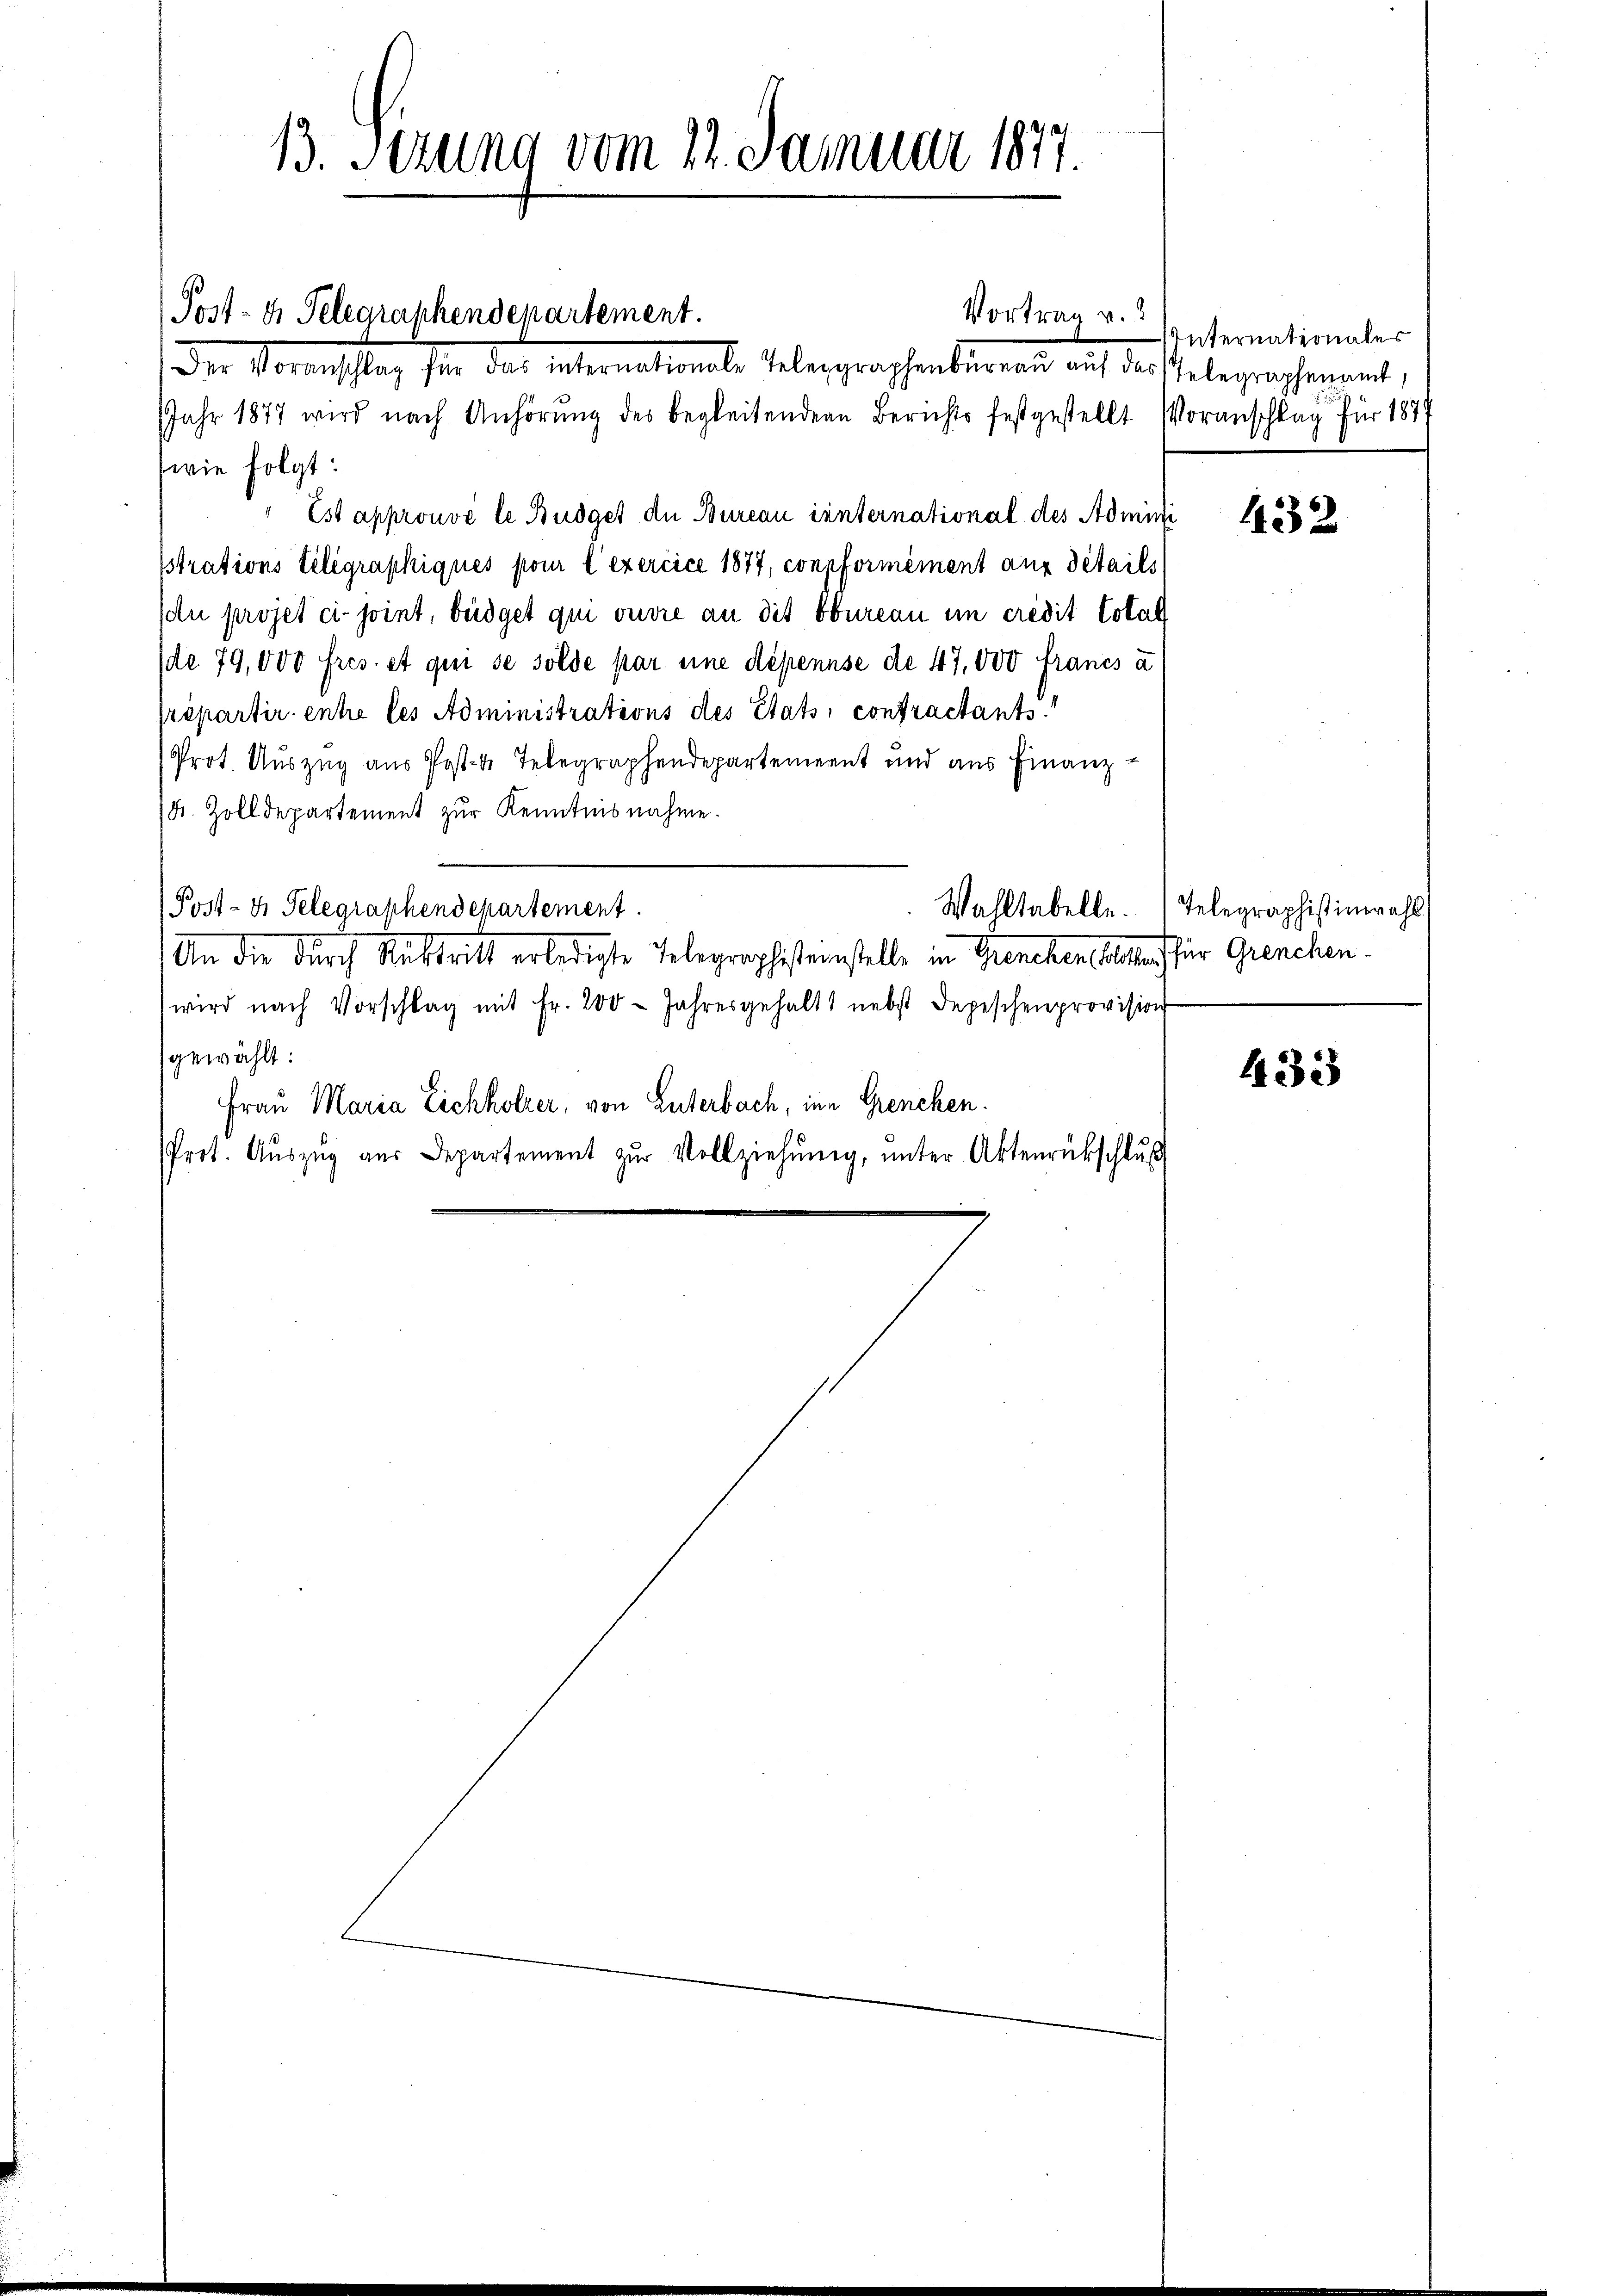
13. Sezung vom 22. Januar 1877.

Post- u. Telegraphendepartement.
Der Voranstag sie das internationale Gelegraphenbergen auf der

JJahr 1877 wird nach Anhörung des begleitendern Berichts festgestellt
(wie folgt:
Est approuve le Budget der Bureau international des Admini
sstrations Telegraphiqués pour l’exercice 1877, conpformément aux details
du projet ci- joint, beidget qui ouvre an die Obureau im credit Total
de 79,000 fres. et qui se sölde par eine dépennse de 47,000 francs a
prépartir entre les Administrations des Stats, contractants
Prot. Auszug aus Post- u. Telegraphendepartement und aus Finanz¬
(K. Zolldepartement zŭr Kenntnisnahme.
Post- u. Telegraphendepartement.
Wahltabelle.
An die durch Austritt erledigte Telegraphistenstelle in Grenchen Alles für Grenchen.
wird nach Vorschlag mit Fr. 200 Jahresgehalt nebst Depeschenprovisio
gewählt:
Frau Maria Eichholzer, von Enterbach, in Grenchen.
Prot. Aŭszŭg aŭs Departement zŭr Vollziehŭng ŭnter Aktenrückschlŭβ

Vortrag v.

Unternationales
) Telegraphenamt,
VVoranschlag für 1877

432

Telegraphistinwahl

433